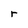
Character: r